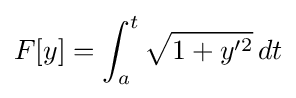
F[y]=\int _{a}^{t}{\sqrt {1+y'^{2}}}\,dt